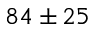
8 4 \pm 2 5